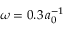
\omega = 0 . 3 \, { a _ { 0 } ^ { - 1 } }